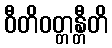
ဝီတိဝတ္တန္တီတိ